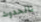
بالحدوث